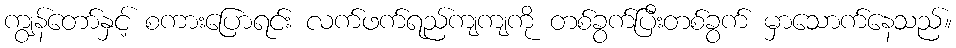
ကျွန်တော်နှင့် စကားပြောရင်း လက်ဖက်ရည်ကျကျကို တစ်ခွက်ပြီးတစ်ခွက် မှာသောက်နေသည်။